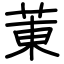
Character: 菄